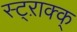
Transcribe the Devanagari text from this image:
स्ट्ऱाक्क्